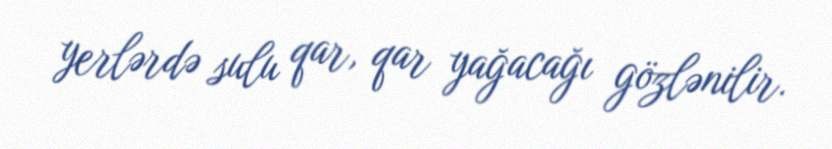
yerlərdə sulu qar, qar yağacağı gözlənilir.